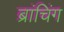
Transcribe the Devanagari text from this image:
ब्रांचिंग